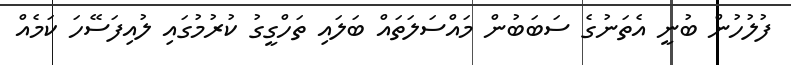
ފުލުހުން ބުނީ އެތަނުގެ ސަބަބުން މައްސަލަތައް ބަލައި ތަހްގީގު ކުރުމުގައި ލުއިފަސޭހަ ކަމެއް